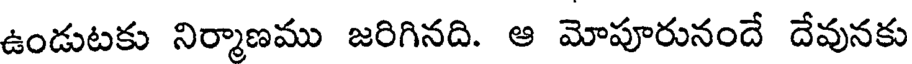
ఉండుటకు నిర్మాణము జరిగినది. ఆ మోపూరునందే దేవునకు